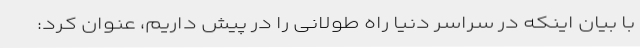
با بیان اینکه در سراسر دنیا راه طولانی را در پیش داریم، عنوان کرد: